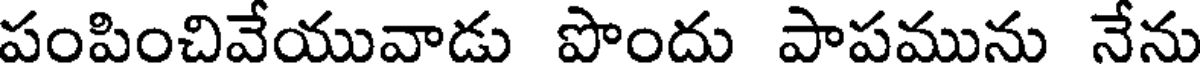
పంపించివేయువాడు పొందు పాపమును నేను